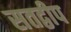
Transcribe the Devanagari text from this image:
सतद्वीप